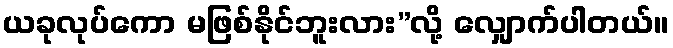
ယခုလုပ်ကော မဖြစ်နိုင်ဘူးလား”လို့ လျှောက်ပါတယ်။